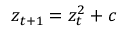
z _ { t + 1 } = z _ { t } ^ { 2 } + c